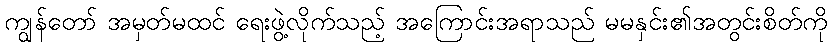
ကျွန်တော် အမှတ်မထင် ရေးဖွဲ့လိုက်သည့် အကြောင်းအရာသည် မမနှင်း၏အတွင်းစိတ်ကို